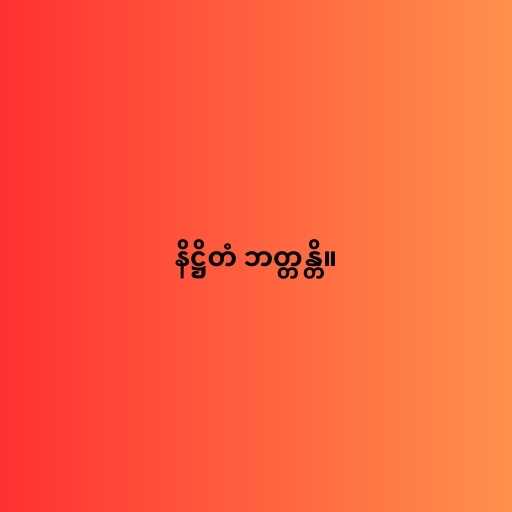
နိဋ္ဌိတံ ဘတ္တန္တိ။